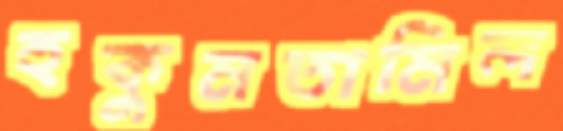
হুকুমতামিল